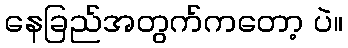
နေခြည်အတွက်ကတော့ ပဲ။